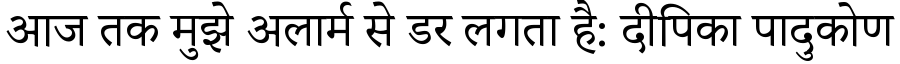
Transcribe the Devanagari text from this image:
आज तक मुझे अलार्म से डर लगता है: दीपिका पादुकोण